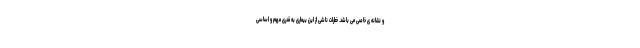
و نشانه ی خاصی می باشد. خطرات ناشی از این بیماری به قدری مهم و اساسی